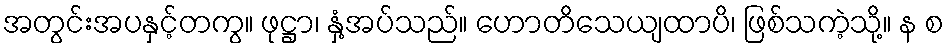
အတွင်းအပနှင့်တကွ။ ဖုဋ္ဌာ၊ နှံ့အပ်သည်။ ဟောတိသေယျထာပိ၊ ဖြစ်သကဲ့သို့။ န စ